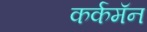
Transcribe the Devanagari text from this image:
कर्कमॅन